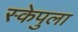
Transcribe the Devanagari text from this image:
स्केपुला